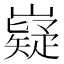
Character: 嶷